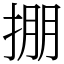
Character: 掤